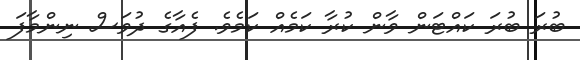
ބުރަ ބުރަ ކައްޓަން ވާން ކުރާ ކަމެއް ކަމެވެ. ފެއާގެ ދުވަސް ނިންމާފަ